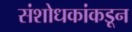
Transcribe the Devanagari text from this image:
संशोधकांकडून